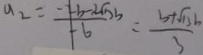
a _ { 2 } = \frac { - 2 b - 2 \sqrt { 3 } b } { - 6 } = \frac { b + \sqrt { 1 3 } b } { 3 }